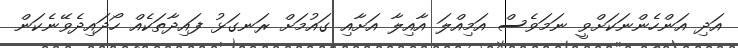
އަދި އަންހެންނަކަށްވީ ނަމަވެސް އަމިއްލަ އާއިލާ އަށާއި ގައުމަށް ރަނގަޅު ފައިދާތަކެއް ހޯދައިދެވޭނެކަން